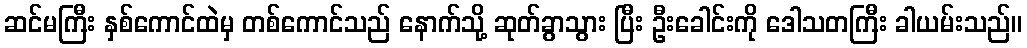
ဆင်မကြီး နှစ်ကောင်ထဲမှ တစ်ကောင်သည် နောက်သို့ ဆုတ်ခွာသွား ပြီး ဦးခေါင်းကို ဒေါသတကြီး ခါယမ်းသည်။